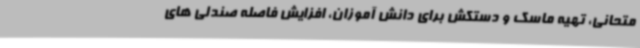
متحانی، تهیه ماسک و دستکش برای دانش آموزان، افزایش فاصله صندلی های